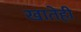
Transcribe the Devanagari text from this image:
खातेही